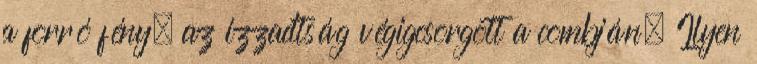
a forró fény, az izzadtság végigcsorgott a combján. Ilyen